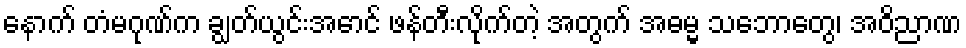
နောက် တံမဂုဏ်က ချွတ်ယွင်းအောင် ဖန်တီးလိုက်တဲ့ အတွက် အဓမ္မ သဘောတွေ၊ အဝိညာဏ